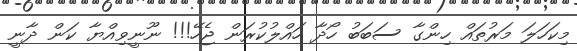
މިކަހަލަ މަރުތައް ހިންގާ ސަބަބު ހޯދާ ހައްލުކުރަން ޖެހޭ!!! ނޫނީވިއްޔާ ކަން ދާނީ